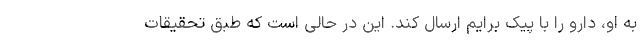
به او، دارو را با پیک برایم ارسال کند. این در حالی است که طبق تحقیقات